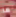
ما